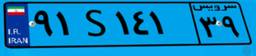
۹۱S۱۴۱۳۹